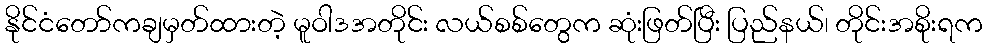
နိုင်ငံတော်ကချမှတ်ထားတဲ့ မူဝါဒအတိုင်း လယ်စစ်တွေက ဆုံးဖြတ်ပြီး ပြည်နယ်၊ တိုင်းအစိုးရက